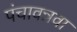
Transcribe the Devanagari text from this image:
पंचावन्नवा